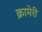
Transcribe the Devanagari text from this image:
क्रामेरी